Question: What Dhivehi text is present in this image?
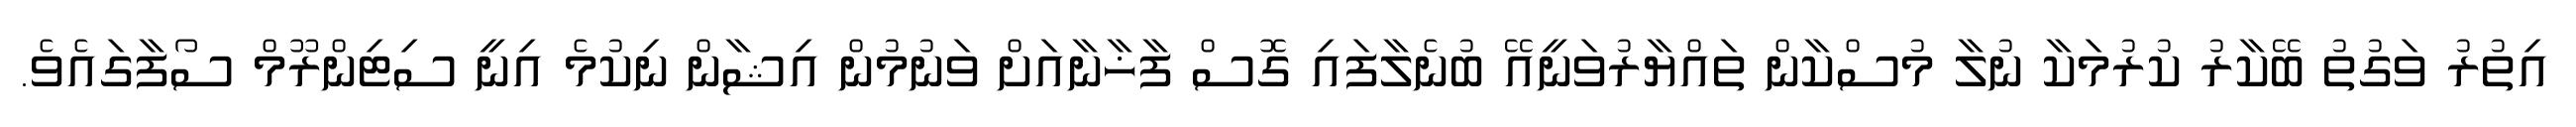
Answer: އިތުރު ވަގުތު ބޭކާރު ކުރުމަކާ ނުލާ މުސްކާން ތައްޔާރުވަނީއޭ ބުނެލާފައި ގޮސް ފާޚާނާއަށް ވަނުމުން އިޝާން ނިކުމެ އިނީ ސިޓިންރޫމް ސޯފާގައެވެ.